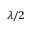
\lambda / 2